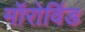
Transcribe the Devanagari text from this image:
मॉरोविंड